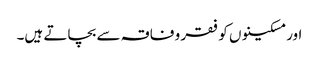
اور مسکینوں کو فقر و فاقہ سے بچاتے ہیں۔